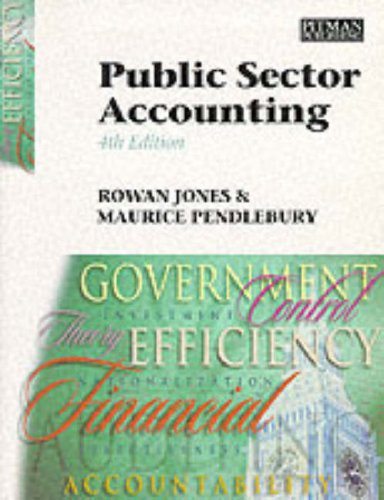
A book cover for Public Sector Accounting; Rowan Jones; Business & Money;